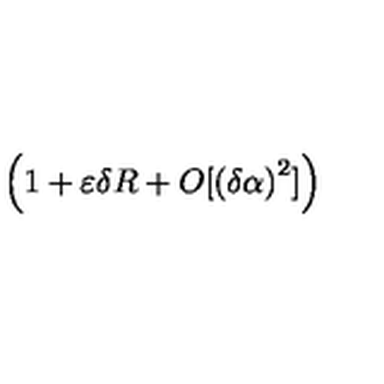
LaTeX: \left( 1 + \varepsilon \delta R + O [ \left( \delta \alpha \right) ^ { 2 } ] \right)